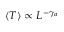
\langle T \rangle \propto L ^ { - \gamma _ { a } }